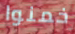
خمنوا